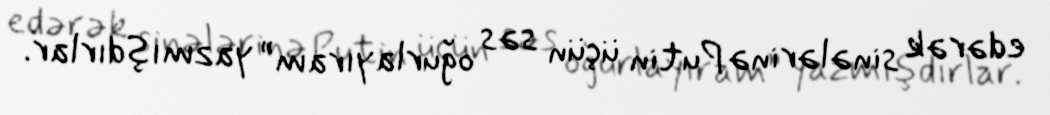
edərək sinələrinə Putin üçün səs oğurlayıram” yazmışdırlar.